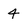
Character: 4